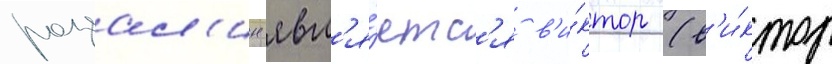
розал'ин явл'я́етс'я в'и́ктор (в'и́ктор